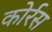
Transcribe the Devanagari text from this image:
कोर्रस